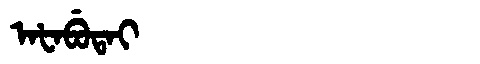
Manchu: ᠠᡶᠠᠪᡠᡨᠠᡳ
Romanization: AFABUTAI